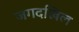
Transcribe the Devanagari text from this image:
जगदखिल